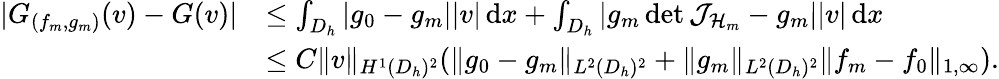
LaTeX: \begin{array}{rl}{|G_{(f_{m},g_{m})}(v)-G(v)|}&{\le\int_{D_{h}}|g_{0}-g_{m}||v|\, \mathrm{d}x+\int_{D_{h}}|g_{m}\operatorname*{det}{\mathcal{J}_{\mathcal{H}_{m}}}-g_{m}||v|\, \mathrm{d}x}\\ &{\le C\| v\| _{H^{1}(D_{h})^{2}}(\| g_{0}-g_{m}\| _{L^{2}(D_{h})^{2}}+\| g_{m}\| _{L^{2}(D_{h})^{2}}\| f_{m}-f_{0}\| _{1,\infty}).}\end{array}